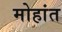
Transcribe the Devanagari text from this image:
मोहांत